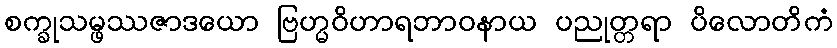
စက္ခုသမ္ဖဿဇာဒယော ဗြဟ္မဝိဟာရဘာဝနာယ ပညုတ္တရာ ပိလောတိကံ